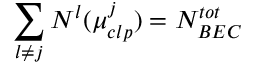
\sum _ { l \neq j } N ^ { l } ( \mu _ { c l p } ^ { j } ) = N _ { B E C } ^ { t o t }